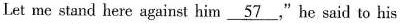
Let me stand here against him \underline{57},"he said to his